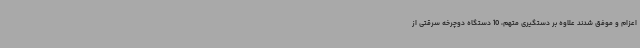
اعزام و موفق شدند علاوه بر دستگیری متهم، 10 دستگاه دوچرخه سرقتی از